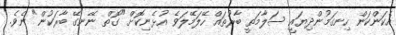
އެކަންކަން ހިނގަމުންދިޔައީ ސަލާމަތީ ބާރުތައް ހޭލަމޭލަވެ އުޅެނިކޮށް "ގޮތް ނޭނގޭ ބާރަކުން" ނެވެ.